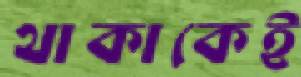
থাকাকেই